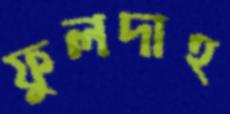
ফুলদাহ